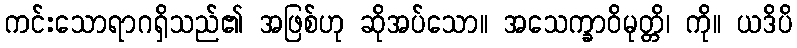
ကင်းသောရာဂရှိသည်၏ အဖြစ်ဟု ဆိုအပ်သော။ အသေက္ခာဝိမုတ္တိ၊ ကို။ ယဒိပိ